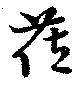
莅